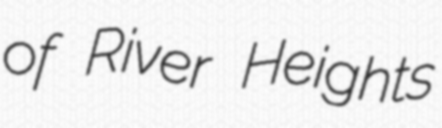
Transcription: of River Heights